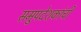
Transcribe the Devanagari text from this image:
समुपदेशकांची